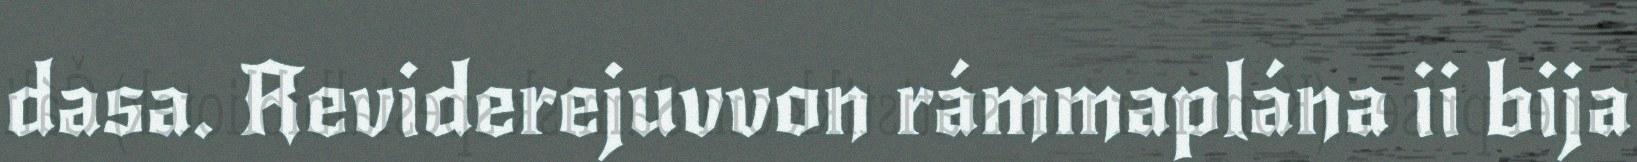
dasa. Reviderejuvvon rámmaplána ii bija